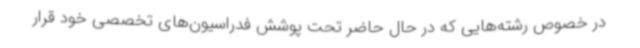
در خصوص رشته‌هایی که در حال حاضر تحت پوشش فدراسیون‌های تخصصی خود قرار